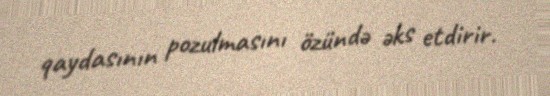
qaydasının pozulmasını özündə əks etdirir.